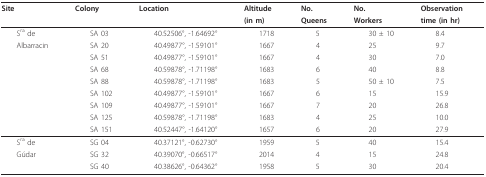
<table><thead><tr><td><b> Site</b></td><td><b> Colony</b></td><td><b> Location</b></td><td><b> Altitude</b></td><td><b> No.</b></td><td><b> No.</b></td><td><b> Observation</b></td></tr><tr><td></td><td></td><td></td><td><b> (in m)</b></td><td><b> Queens</b></td><td><b> Workers</b></td><td><b> time (in hr)</b></td></tr></thead><tbody><tr><td> S<sup>ra </sup>de</td><td> SA 03</td><td> 40.52506°, -1.64692°</td><td> 1718</td><td> 5</td><td> 30 ± 10</td><td> 8.4</td></tr><tr><td> Albarracin</td><td> SA 20</td><td> 40.49877°, -1.59101°</td><td> 1667</td><td> 4</td><td> 25</td><td> 9.7</td></tr><tr><td></td><td> SA 51</td><td> 40.49877°, -1.59101°</td><td> 1667</td><td> 4</td><td> 30</td><td> 7.0</td></tr><tr><td></td><td> SA 68</td><td> 40.59878°, -1.71198°</td><td> 1683</td><td> 6</td><td> 40</td><td> 8.8</td></tr><tr><td></td><td> SA 88</td><td> 40.59878°, -1.71198°</td><td> 1683</td><td> 5</td><td> 50 ± 10</td><td> 7.5</td></tr><tr><td></td><td> SA 102</td><td> 40.49877°, -1.59101°</td><td> 1667</td><td> 6</td><td> 15</td><td> 15.9</td></tr><tr><td></td><td> SA 109</td><td> 40.49877°, -1.59101°</td><td> 1667</td><td> 7</td><td> 20</td><td> 26.8</td></tr><tr><td></td><td> SA 125</td><td> 40.59878°, -1.71198°</td><td> 1683</td><td> 4</td><td> 25</td><td> 10.0</td></tr><tr><td></td><td> SA 151</td><td> 40.52447°, -1.64120°</td><td> 1657</td><td> 6</td><td> 20</td><td> 27.9</td></tr><tr><td> S<sup>ra </sup>de</td><td> SG 04</td><td> 40.37121°, -0.62730°</td><td> 1959</td><td> 5</td><td> 40</td><td> 15.4</td></tr><tr><td> Gúdar</td><td> SG 32</td><td> 40.39070°, -0.66517°</td><td> 2014</td><td> 4</td><td> 15</td><td> 24.8</td></tr><tr><td></td><td> SG 40</td><td> 40.38626°, -0.64362°</td><td> 1958</td><td> 5</td><td> 30</td><td> 20.4</td></tr></tbody></table>